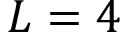
L = 4